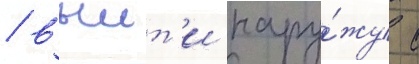
/ выит'и нару́жу с